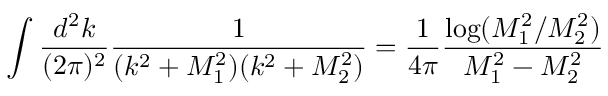
\int \frac { d ^ { 2 } k } { ( 2 \pi ) ^ { 2 } } \frac { 1 } { ( k ^ { 2 } + M _ { 1 } ^ { 2 } ) ( k ^ { 2 } + M _ { 2 } ^ { 2 } ) } = \frac { 1 } { 4 \pi } \frac { \log ( M _ { 1 } ^ { 2 } / M _ { 2 } ^ { 2 } ) } { M _ { 1 } ^ { 2 } - M _ { 2 } ^ { 2 } }